Annual report of the Punjab Veterinary College and of the Civil Veterinary Department, Punjab - 1920-1925
Year: 1920
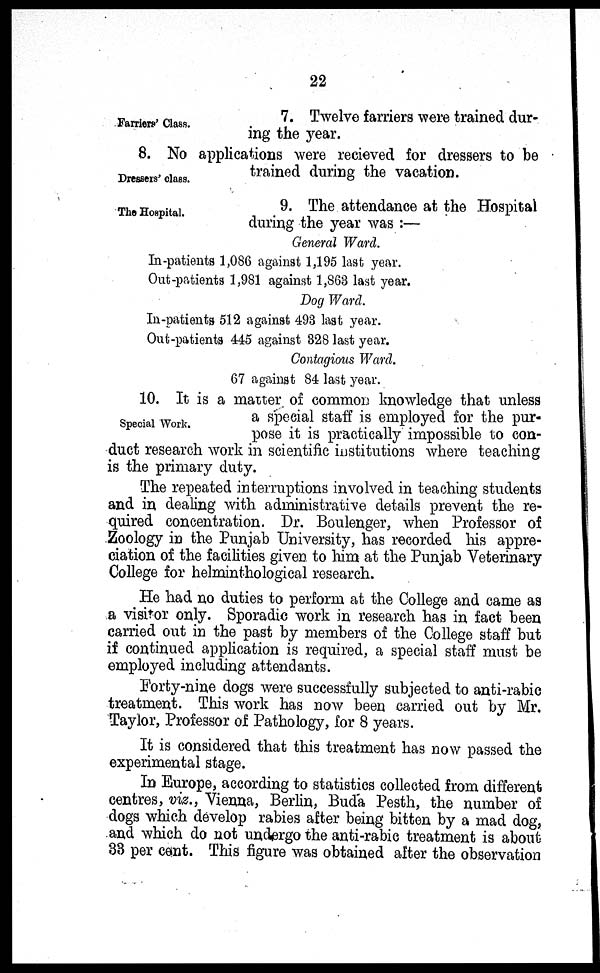
22
Farriers' Class.
7. Twelve farriers were trained dur-
ing the year.
Dressers' class.
8. No applications were recieved for dressers to be
trained during the vacation.
The Hospital.
9. The attendance at the Hospital
during the year was :—
General Ward.
In-patients 1,086 against 1,195 last year.
Out-patients 1,981 against 1,863 last year.
Dog Ward.
In-patients 512 against 493 last year.
Out-patients 445 against 328 last year.
Contagious Ward.
67 against 84 last year.
Special Work.
10. It is a matter of common knowledge that unless
a special staff is employed for the pur-
pose it is practically impossible to con-
duct research work in scientific institutions where teaching
is the primary duty.
The repeated interruptions involved in teaching students
and in dealing with administrative details prevent the re-
quired concentration. Dr. Boulenger, when Professor of
Zoology in the Punjab University, has recorded his appre-
ciation of the facilities given to him at the Punjab Veterinary
College for helminthological research.
He had no duties to perform at the College and came as
a visitor only. Sporadic work in research has in fact been
carried out in the past by members of the College staff but
if continued application is required, a special staff must be
employed including attendants.
Forty-nine dogs were successfully subjected to anti-rabic
treatment. This work has now been carried out by Mr.
Taylor, Professor of Pathology, for 8 years.
It is considered that this treatment has now passed the
experimental stage.
In Europe, according to statistics collected from different
centres, viz., Vienna, Berlin, Buda Pesth, the number of
dogs which develop rabies after being bitten by a mad dog,
and which do not undergo the anti-rabic treatment is about
33 per cent. This figure was obtained after the observation